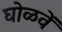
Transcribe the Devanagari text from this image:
घोळवें